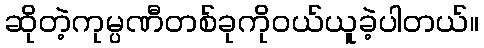
ဆိုတဲ့ကုမ္ပဏီတစ်ခုကိုဝယ်ယူခဲ့ပါတယ်။